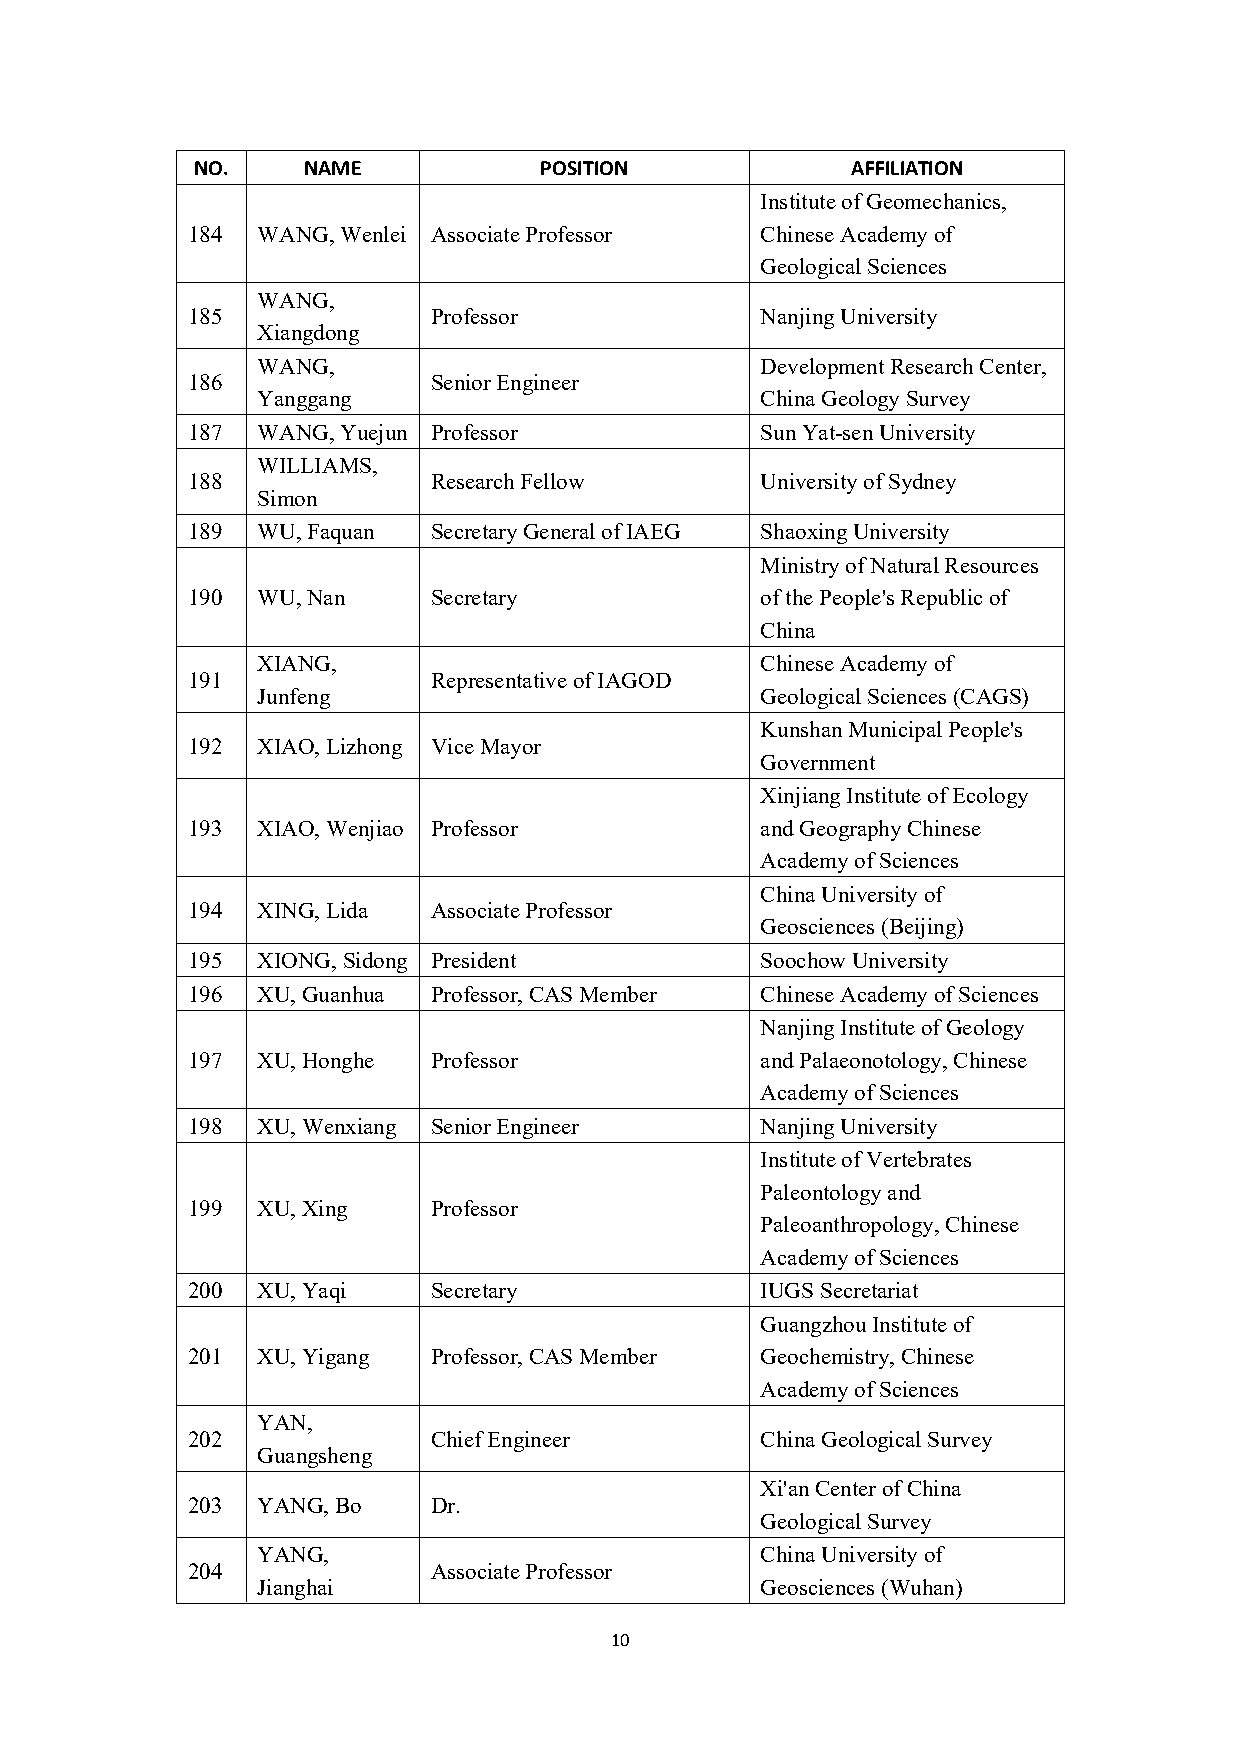
NO.    NAME            POSITION            AFFILIATION
 InstituteofGeomechanics,
 184  WANG,Wenlei AssociateProfessor   ChineseAcademyof
 GeologicalSciences
 WANG,
 185             Professor             NanjingUniversity
 Xiangdong
 WANG,                            DevelopmentResearchCenter,
 186             SeniorEngineer
 Yanggang                         ChinaGeologySurvey
 187  WANG,Yuejun Professor            SunYat-senUniversity
 WILLIAMS,
 188             ResearchFellow        UniversityofSydney
 Simon
 189  WU,Faquan  SecretaryGeneralofIAEG ShaoxingUniversity
 MinistryofNaturalResources
 190  WU,Nan     Secretary             ofthePeople'sRepublicof
 China
 XIANG,                           ChineseAcademyof
 191             RepresentativeofIAGOD
 Junfeng                          GeologicalSciences(CAGS)
 KunshanMunicipalPeople's
 192  XIAO,Lizhong ViceMayor
 Government
 XinjiangInstituteofEcology
 193  XIAO,Wenjiao Professor           andGeographyChinese
 AcademyofSciences
 ChinaUniversityof
 194  XING,Lida  AssociateProfessor
 Geosciences(Beijing)
 195  XIONG,Sidong President           SoochowUniversity
 196  XU,Guanhua Professor,CASMember   ChineseAcademyofSciences
 NanjingInstituteofGeology
 197  XU,Honghe  Professor             andPalaeonotology,Chinese
 AcademyofSciences
 198  XU,Wenxiang SeniorEngineer       NanjingUniversity
 InstituteofVertebrates
 Paleontologyand
 199  XU,Xing    Professor
 Paleoanthropology,Chinese
 AcademyofSciences
 200  XU,Yaqi    Secretary             IUGSSecretariat
 GuangzhouInstituteof
 201  XU,Yigang  Professor,CASMember   Geochemistry,Chinese
 AcademyofSciences
 YAN,
 202             ChiefEngineer         ChinaGeologicalSurvey
 Guangsheng
 Xi'anCenterofChina
 203  YANG,Bo    Dr.
 GeologicalSurvey
 YANG,                            ChinaUniversityof
 204             AssociateProfessor
 Jianghai                         Geosciences(Wuhan)
 10